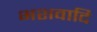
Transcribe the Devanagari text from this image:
भशवादि